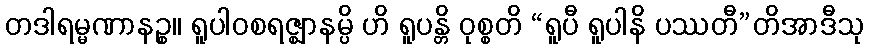
တဒါရမ္မဏာနဉ္စ။ ရူပါဝစရဇ္ဈာနမ္ပိ ဟိ ရူပန္တိ ဝုစ္စတိ “ရူပီ ရူပါနိ ပဿတီ”တိအာဒီသု